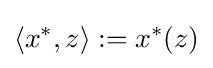
\left\langle x^{*},z\right\rangle :=x^{*}(z)